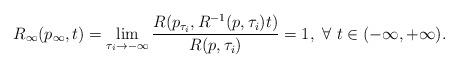
LaTeX: \begin{align*}R_{\infty}(p_{\infty},t)=\lim_{\tau_{i}\rightarrow-\infty}\frac{ R( p_{\tau_{i}}, R^{-1}(p,\tau_{i})t)}{R(p,\tau_{i})}=1,~\forall~t\in(-\infty,+\infty).\end{align*}